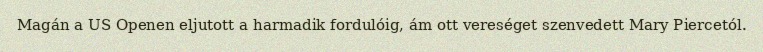
Magán a US Openen eljutott a harmadik fordulóig, ám ott vereséget szenvedett Mary Piercetól.